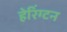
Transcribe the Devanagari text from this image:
हेरिंग्टन